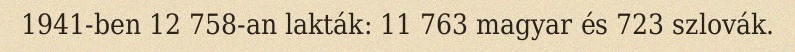
1941-ben 12 758-an lakták: 11 763 magyar és 723 szlovák.